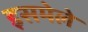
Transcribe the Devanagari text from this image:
इसमेले